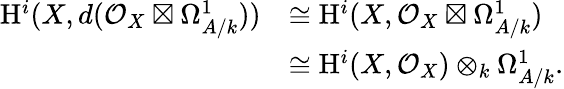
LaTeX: \begin{array}{rl}{\mathrm{H}^{i}(X,d(\mathcal{O}_{X}\boxtimes\Omega_{A/k}^{1}))}&{\cong\mathrm{H}^{i}(X,\mathcal{O}_{X}\boxtimes\Omega_{A/k}^{1})}\\ &{\cong\mathrm{H}^{i}(X,\mathcal{O}_{X})\otimes_{k}\Omega_{A/k}^{1}.}\end{array}